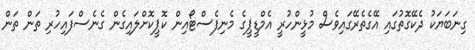
ގިނަބަޔަކު ދެކޭގޮތުގައި އޭގެތެރޭގައިވެސް މުޅީންހުރީ އެމްޑީޕީގެ މެނިފެސްޓޯއިން ކޮޕީކޮށްލައިގެން ގެނެސްފައިހުރި ތަން ތަން